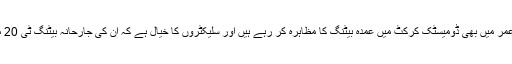
رفعت اللہ مہمند 39 سال کی عمر میں بھی ڈومیسٹک کرکٹ میں عمدہ بیٹنگ کا مظاہرہ کر رہے ہیں اور سلیکٹروں کا خیال ہے کہ ان کی جارحانہ بیٹنگ ٹی 20 میں کارآمد ثابت ہو سکتی ہے۔